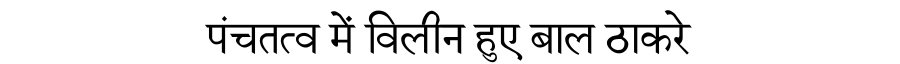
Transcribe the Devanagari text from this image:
पंचतत्व में विलीन हुए बाल ठाकरे